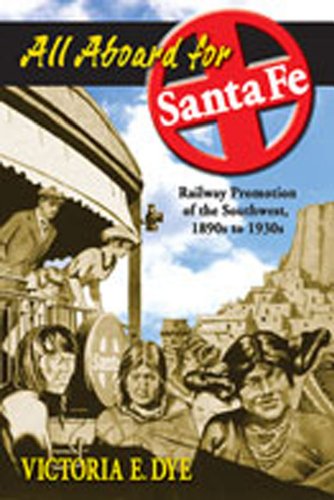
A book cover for All Aboard for Santa Fe: Railway Promotion of the Southwest, 1890s to 1930s; Victoria E. Dye; Travel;